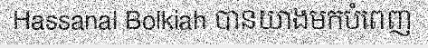
Hassanal Bolkiah បានយាងមកបំពេញ